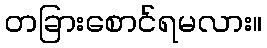
တခြားစောင်ရမလား။